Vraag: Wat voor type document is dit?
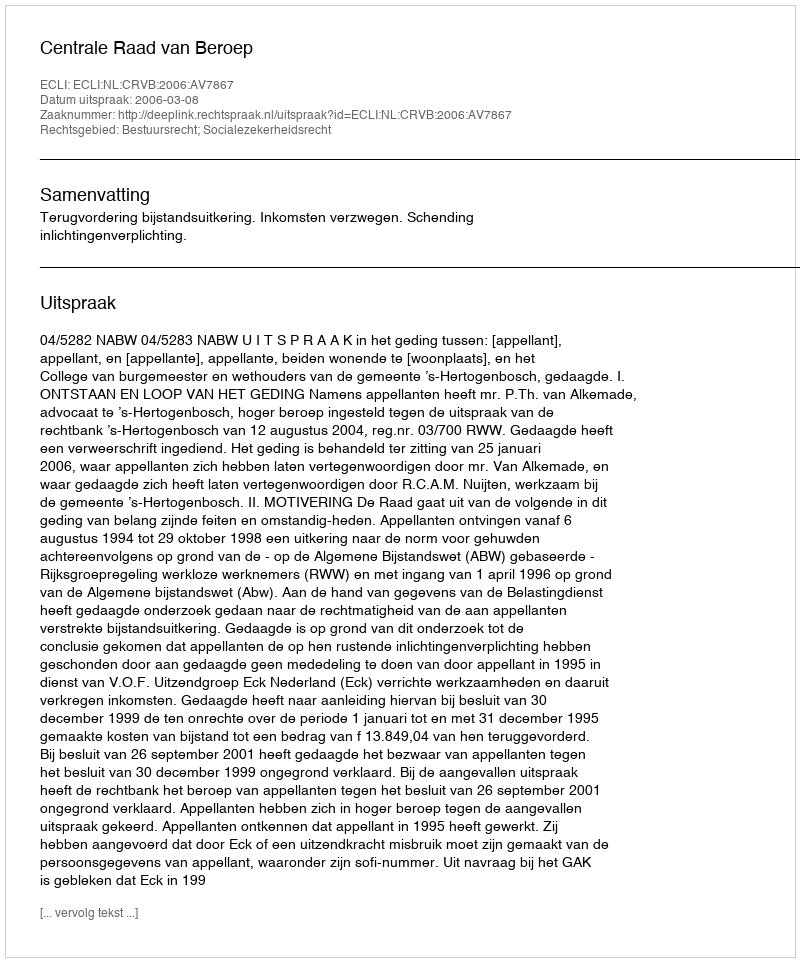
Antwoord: Uitspraak